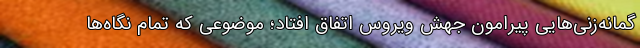
گمانه‌زنی‌هایی پیرامون جهش ویروس اتفاق افتاد؛ موضوعی که تمام نگاه‌ها